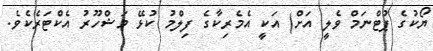
ޔޯކުގެ ޕުޓްނަމް ވެލީ އަށް) އަކީ އެމެރިކާގެ ފިލްމު ކުޅޭ މަޝްހޫރު އެކްޓަރެކެވެ.